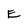
Character: E